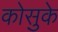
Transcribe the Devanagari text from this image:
कोसुके